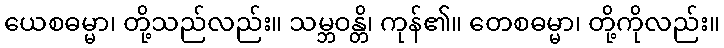
ယေစဓမ္မာ၊ တို့သည်လည်း။ သမ္ဘဝန္တိ၊ ကုန်၏။ တေစဓမ္မာ၊ တို့ကိုလည်း။